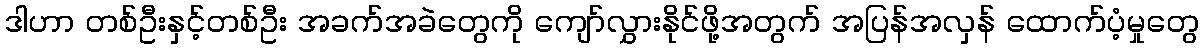
ဒါဟာ တစ်ဦးနှင့်တစ်ဦး အခက်အခဲတွေကို ကျော်လွှားနိုင်ဖို့အတွက် အပြန်အလှန် ထောက်ပံ့မှုတွေ